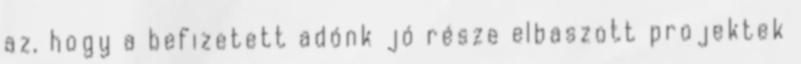
az, hogy a befizetett adónk jó része elbaszott projektek